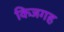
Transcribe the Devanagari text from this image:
किजगह